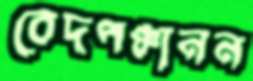
বেদপঞ্চানন